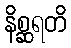
နိစ္ဆရတိ